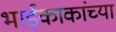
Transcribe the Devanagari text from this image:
भाईकाकांच्या